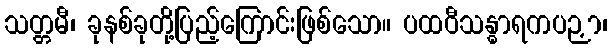
သတ္တမီ၊ ခုနစ်ခုတို့ပြည့်ကြောင်းဖြစ်သော။ ပထဝီသန္ဓာရကပဉှာ၊